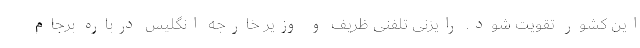
این کشور تقویت شود. رایزنی تلفنی ظریف و وزیر خارجه انگلیس درباره برجام